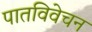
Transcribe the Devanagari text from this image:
पातविवेचन